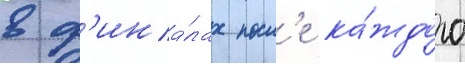
в ф'ина́лах посл'е ка́ждого